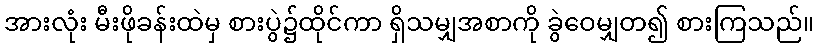
အားလုံး မီးဖိုခန်းထဲမှ စားပွဲ၌ထိုင်ကာ ရှိသမျှအစာကို ခွဲဝေမျှတ၍ စားကြသည်။